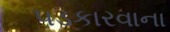
પડકારવાના